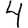
Digit: 4